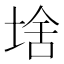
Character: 𱗂